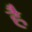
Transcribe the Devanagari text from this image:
है॑